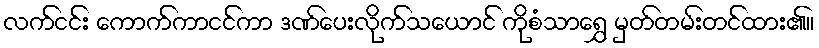
လက်ငင်း ကောက်ကာငင်ကာ ဒဏ်ပေးလိုက်သယောင် ကိုစံသာရွှေ မှတ်တမ်းတင်ထား၏။